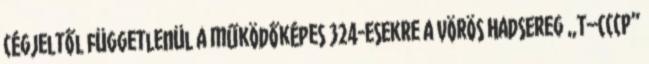
cégjeltől függetlenül a működőképes 324-esekre a Vörös Hadsereg „T–CCCP”